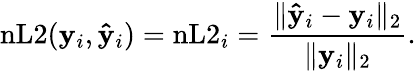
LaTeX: \mathrm{nL2}(\mathbf{y}_{i},\mathbf{\hat{y}}_{i})=\mathrm{nL2}_{i}=\frac{\| \mathbf{\hat{y}}_{i}-\mathbf{y}_{i}\| _{2}}{\| \mathbf{y}_{i}\| _{2}}.